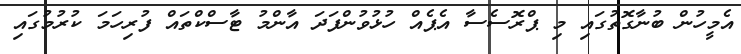
އެމީހުން ބުނާގޮތުގައި މި ޕްރޮސެސާ އެޕެއް ހުޅުވުންފަދަ އާންމު ޓާސްކްތައް ފުރިހަމަ ކުރުމުގައި